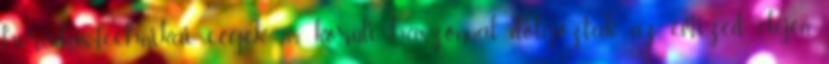
híradás-technikai cégek 20% körüli haszonnal dolgoztak az évtized elején.